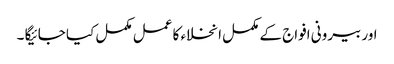
اور بیرونی افواج کے مکمل انخلاء کا عمل مکمل کیا جائیگا ۔